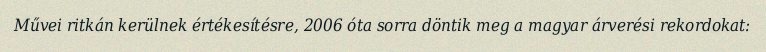
Művei ritkán kerülnek értékesítésre, 2006 óta sorra döntik meg a magyar árverési rekordokat: